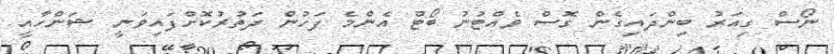
ނޯސް ގިއަރު ބިންދައިގެން ގޮސް ވެއްޓުނު ބޯޓް އެންމެ ފަހުން ދަތުރުކޮށްފައިވަނީ ޝަންހާއީ